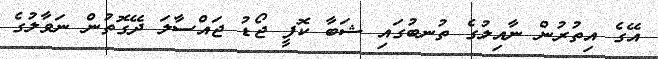
އޭގެ އިތުރުން ނާއިލުގެ ތުނބުގައި ޝަބާ ކޮފީ ޖޯޑު ޖައްސާލަ ދޭގޮތުން ނަވާލުގެ